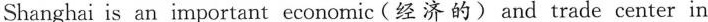
Shanghai is an important economic(经济的)and trade center in